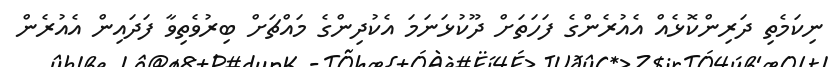
ނިކަމެތި ދަރިންކޮޅެއް އެއުރެންގެ ފަހަތަށް ދޫކުޅަނަމަ އެކުދިންގެ މައްޗަށް ބިރުވެތިވާ ފަދައިން އެއުރެން